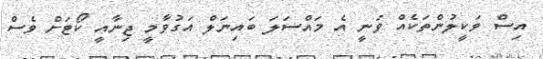
އިސް ވަކީލުންތަކެއް ވަނީ އެ މައްސަލަ ބައިނަލް އަގުވާމީ ޖިނާއީ ކޯޓަށް ވެސް